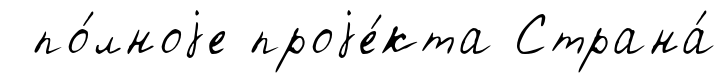
по́лноjе проjе́кта Страна́